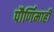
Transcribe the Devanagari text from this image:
पौर्णिमाही